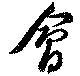
会